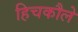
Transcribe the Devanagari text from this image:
हिचकौले